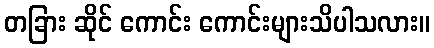
တခြား ဆိုင် ကောင်း ကောင်းများသိပါသလား။